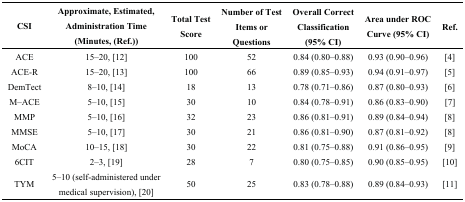
<table><thead><tr><td><b>CSI</b></td><td><b>Approximate, Estimated, Administration Time (Minutes, (Ref.))</b></td><td><b>Total Test Score</b></td><td><b>Number of Test Items or Questions</b></td><td><b>Overall Correct Classification (95% CI)</b></td><td><b>Area under ROC Curve (95% CI)</b></td><td><b>Ref.</b></td></tr></thead><tbody><tr><td>ACE</td><td>15–20, [12]</td><td>100</td><td>52</td><td>0.84 (0.80–0.88)</td><td>0.93 (0.90–0.96)</td><td>[4]</td></tr><tr><td>ACE-R</td><td>15–20, [13]</td><td>100</td><td>66</td><td>0.89 (0.85–0.93)</td><td>0.94 (0.91–0.97)</td><td>[5]</td></tr><tr><td>DemTect</td><td>8–10, [14]</td><td>18</td><td>13</td><td>0.78 (0.71–0.86)</td><td>0.87 (0.80–0.93)</td><td>[6]</td></tr><tr><td>M–ACE</td><td>5–10, [15]</td><td>30</td><td>10</td><td>0.84 (0.78–0.91)</td><td>0.86 (0.83–0.90)</td><td>[7]</td></tr><tr><td>MMP</td><td>5–10, [16]</td><td>32</td><td>23</td><td>0.86 (0.81–0.91)</td><td>0.89 (0.84–0.94)</td><td>[8]</td></tr><tr><td>MMSE</td><td>5–10, [17]</td><td>30</td><td>21</td><td>0.86 (0.81–0.90)</td><td>0.87 (0.81–0.92)</td><td>[8]</td></tr><tr><td>MoCA</td><td>10–15, [18]</td><td>30</td><td>22</td><td>0.81 (0.75–0.88)</td><td>0.91 (0.86–0.95)</td><td>[9]</td></tr><tr><td>6CIT</td><td>2–3, [19]</td><td>28</td><td>7</td><td>0.80 (0.75–0.85)</td><td>0.90 (0.85–0.95)</td><td>[10]</td></tr><tr><td>TYM</td><td>5–10 (self-administered under medical supervision), [20]</td><td>50</td><td>25</td><td>0.83 (0.78–0.88)</td><td>0.89 (0.84–0.93)</td><td>[11]</td></tr></tbody></table>